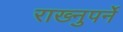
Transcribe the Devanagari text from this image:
राख्नुपर्ने